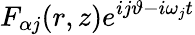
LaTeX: F_{\alpha j}(r,z)e^{ij\vartheta-i\omega_{j}t}